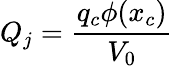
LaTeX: Q_{j}=\frac{q_{c}\phi(x_{c})}{V_{0}}